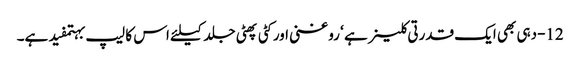
12-دہی بھی ایک قدرتی کلینر ہے ‘ روغنی اور کٹی پھٹی جلد کیلئے اس کا لیپ بہتمفید ہے۔